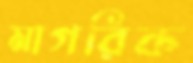
মাগরিক